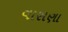
વાસણા